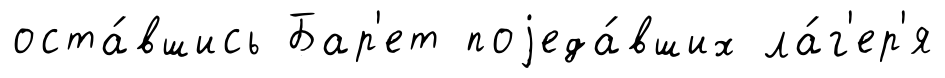
оста́вшись Бар'ет поjеда́вших ла́г'ер'я